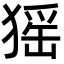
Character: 猺